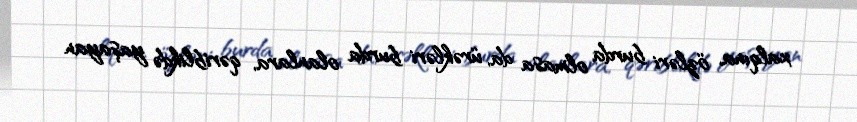
xalqına, özləri burda olmasa da, ürəkləri burda olanlara, qəriblikdə yaşayan